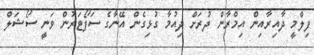
ފިލްމީ ދާއިރާއިން އިމްރާން ދުރަށް ދިއުމާ ގުޅިގެން އޭނާގެ ސަޕޯޓަރުން ވަނީ ސޯޝަލް